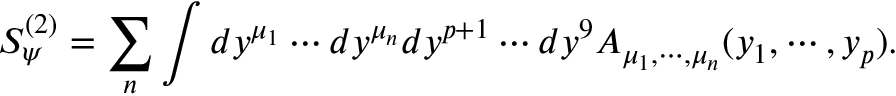
S _ { \psi } ^ { ( 2 ) } = \sum _ { n } \int d y ^ { \mu _ { 1 } } \cdots d y ^ { \mu _ { n } } d y ^ { p + 1 } \cdots d y ^ { 9 } A _ { \mu _ { 1 } , \cdots , \mu _ { n } } ( y _ { 1 } , \cdots , y _ { p } ) .